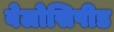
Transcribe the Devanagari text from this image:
वेलोसिपीड